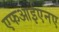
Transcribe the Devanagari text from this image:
एफआईएनए